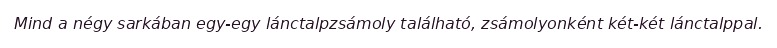
Mind a négy sarkában egy-egy lánctalpzsámoly található, zsámolyonként két-két lánctalppal.